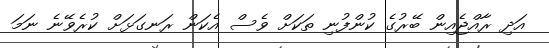
އަދި ރާއްޖެއިން ބޭރުގެ ކުންފުނި ތަކަށް ވެސް އެކަން ރަނގަޅަށް ކުރެވޭނެ ނަމަ